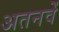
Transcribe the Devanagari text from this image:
अतनवें